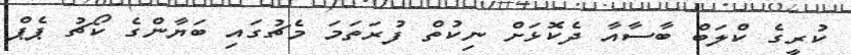
ކުރީގެ ކްލަބް ބާސާއާ ދެކޮޅަށް ނިކުތް ފުރަތަމަ މެޗުގައި ބަޔާންގެ ކޯޗު ޕެޕް